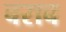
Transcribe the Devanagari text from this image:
बराब